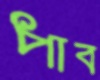
পাব